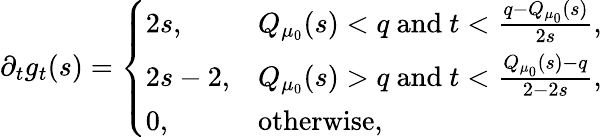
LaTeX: \partial_{t}g_{t}(s)=\left\{ \begin{array}{ll}{2s,}&{Q_{\mu_{0}}(s)<q\mathrm{~and~}t<\frac{q-Q_{\mu_{0}}(s)}{2s},}\\ {2s-2,}&{Q_{\mu_{0}}(s)>q\mathrm{~and~}t<\frac{Q_{\mu_{0}}(s)-q}{2-2s},}\\ {0,}&{\mathrm{otherwise,}}\end{array}\right.